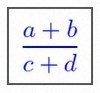
\frac{a+b}{c+d}